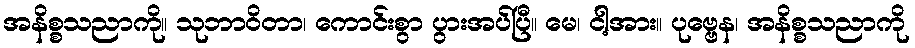
အနိစ္စသညာကို။ သုဘာဝိတာ၊ ကောင်းစွာ ပွားအပ်ပြီ။ မေ၊ ငါ့အား။ ပုဗ္ဗေန၊ အနိစ္စသညာကို